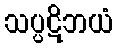
သပ္ပဋိဘယံ